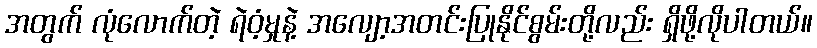
အတွက် လုံလောက်တဲ့ ရဲဝံ့မှုနဲ့ အလျော့အတင်းပြုနိုင်စွမ်းတို့လည်း ရှိဖို့လိုပါတယ်။